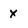
Character: x